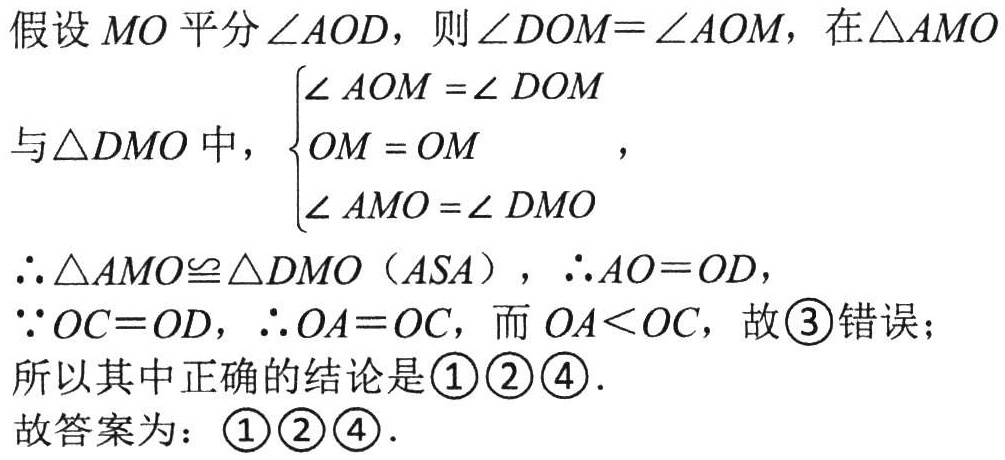
例1 下列式子中符合书写规范的是（  ）